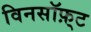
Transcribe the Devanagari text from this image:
विनसॉफ़्ट